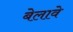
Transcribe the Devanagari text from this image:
बेलावे